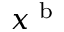
x ^ { \textup { b } }